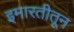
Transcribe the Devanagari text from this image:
इमारतीतून